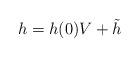
LaTeX: \begin{align*}h = h(0) V + \tilde{h} \end{align*}